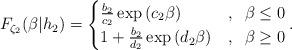
LaTeX: \begin{align*}F_{\zeta_2}(\beta|h_2)=\begin{cases}\frac{b_2}{c_2} \exp\left(c_2 \beta\right) & , \;\; \beta\leq 0\\1+\frac{b_2}{d_2} \exp\left(d_2 \beta\right) & , \;\; \beta\geq 0\end{cases}.\end{align*}